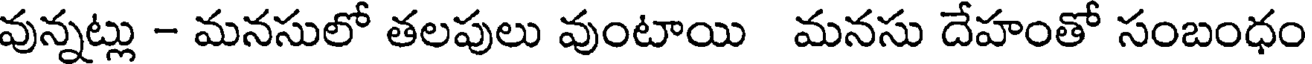
వున్నట్లు - మనసులో తలపులు వుంటాయి మనసు దేహంతో సంబంధం